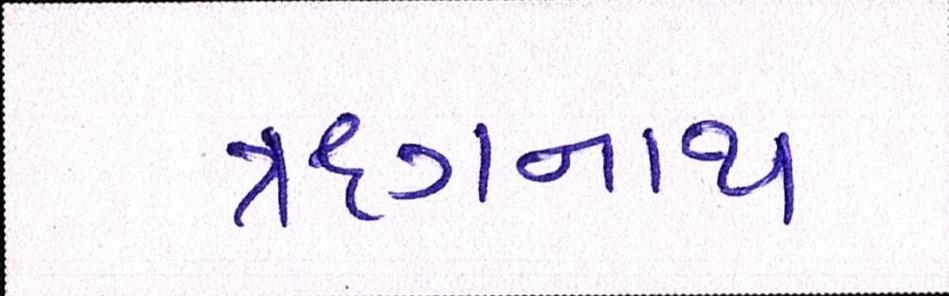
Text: ઋગનાથ